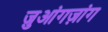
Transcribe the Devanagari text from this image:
ज़ुआंगज़ांग